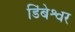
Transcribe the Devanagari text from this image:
डिंबेश्वर